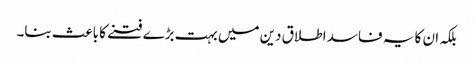
بلکہ ان کا یہ فاسد اطلاق دین میں بہت بڑے فتنے کا باعث بنا۔